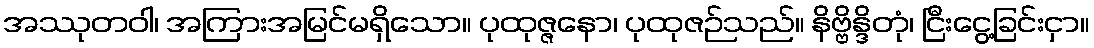
အဿုတဝါ၊ အကြားအမြင်မရှိသော။ ပုထုဇ္ဇနော၊ ပုထုဇဉ်သည်။ နိဗ္ဗိန္ဒိတုံ၊ ငြီးငွေ့ခြင်းငှာ။